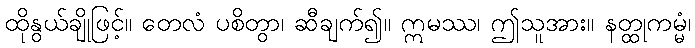
ထိုနွယ်ချိုဖြင့်။ တေလံ ပစိတွာ၊ ဆီချက်၍။ ဣမဿ၊ ဤသူအား။ နတ္ထုကမ္မံ၊